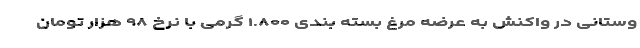
وستانی در واکنش به عرضه مرغ بسته بندی ۱.۸۰۰ گرمی با نرخ ۹۸ هزار تومان